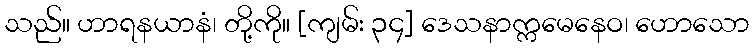
သည်။ ဟာရနယာနံ၊ တို့ကို။ [ကျမ်း ၃၄] ဒေသနာက္ကမေနေဝ၊ ဟောသော